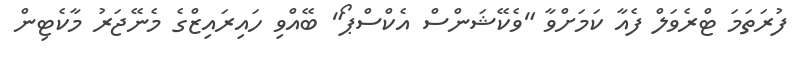
ފުރަތަމަ ޓްރެވަލް ފެއާ ކަމަށްވާ "ވެކޭޝަންސް އެކްސްޕޯ" ބޭއްވި ހައިރައިޒްގެ މެނޭޖަރު މާކެޓިން